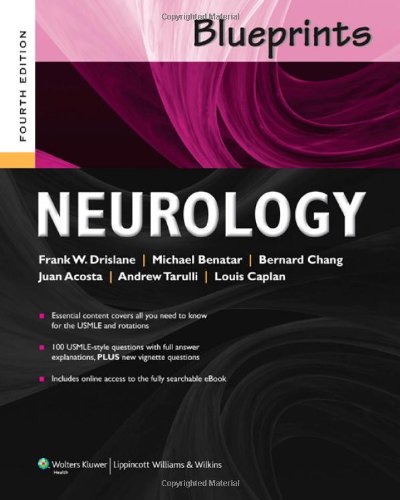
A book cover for Blueprints Neurology (Blueprints Series); Frank W. Drislane MD; Test Preparation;